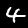
Digit: 4